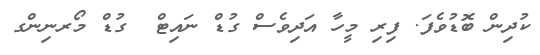
ކުދިން ބޮޑުވެފަ. ފިރި މީހާ އަދިވެސް ގުޑް ނައިޓް  ގުޑް މޯރނިންގ